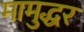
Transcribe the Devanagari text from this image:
मामुद्धर